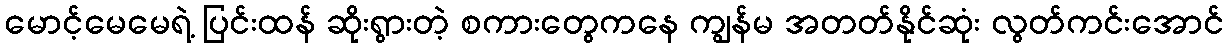
မောင့်မေမေရဲ့ ပြင်းထန် ဆိုးရွားတဲ့ စကားတွေကနေ ကျွန်မ အတတ်နိုင်ဆုံး လွတ်ကင်းအောင်